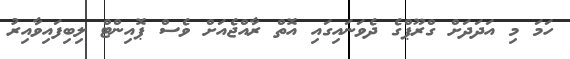
ހަމަ މި އަދަދަށް ގްރޫޕްގެ ދެވަނައިގައި އޮތް ރާއްޖެއަށް ވެސް ޕޮއިންޓް ލިބިފައިވާއިރު